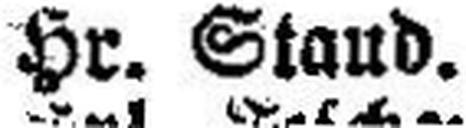
Hr. Stand.